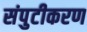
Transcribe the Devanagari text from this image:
संपुटीकरण